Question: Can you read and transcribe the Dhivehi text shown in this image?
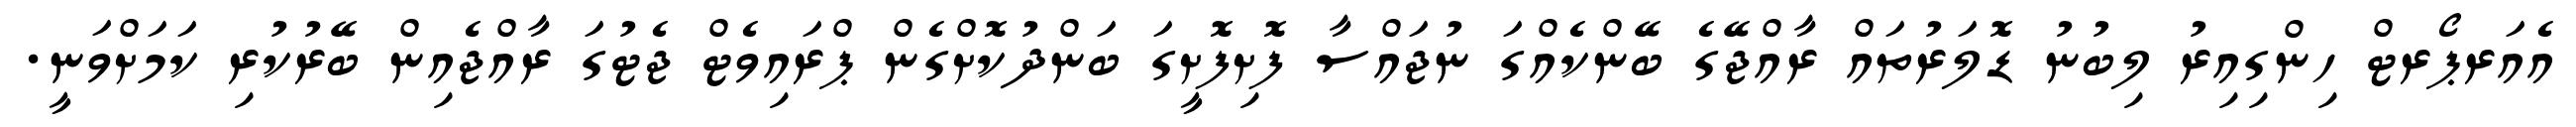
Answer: އެއަރޕޯރޓް ހިންގިއިރު ލިބުނު ޑޮލަރުތައް ރާއްޖޭގެ ބޭންކެއްގަ ނުޖައްސާ ފޮށިފޮށީގަ ބަންދުކޮށްގެން ޕްރައިވެޓް ޖެޓުގަ ރާއްޖެއިން ބޭރުކުރި ކަމަށްވަނީ.